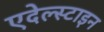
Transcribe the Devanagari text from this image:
एदेल्स्टाइन